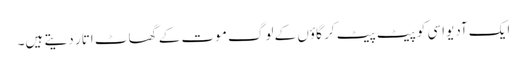
ایک آدیواسی کو پیٹ پیٹ کر گاؤں کے لوگ موت کے گھاٹ اتار دیتے ہیں۔